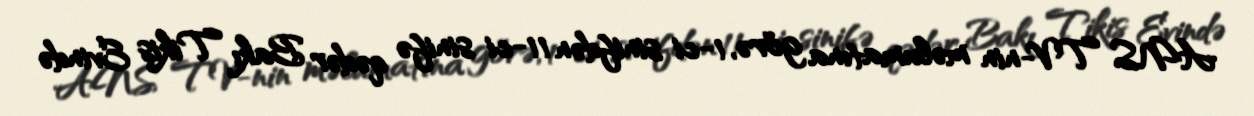
ANS TV-nin məlumatına görə, 1-ci sinifdən 11-ci sinifə qədər Bakı Tikiş Evində